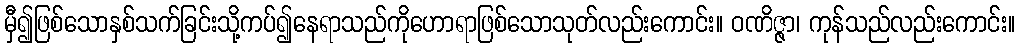
မှီ၍ဖြစ်သောနှစ်သက်ခြင်းသို့ကပ်၍နေရာသည်ကိုဟောရာဖြစ်သောသုတ်လည်းကောင်း။ ဝဏိဇ္ဇာ၊ ကုန်သည်လည်းကောင်း။